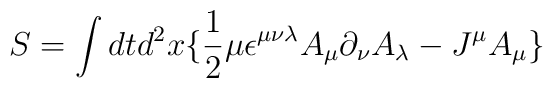
S = \int dt d^2x \lbrace \frac{1}{2}\mu\epsilon^{\mu\nu\lambda}A_\mu\partial_\nu A_\lambda-J^\mu A_\mu\rbrace